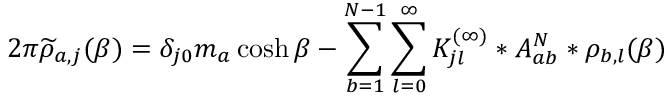
2 \pi \widetilde { \rho } _ { a , j } ( \beta ) = \delta _ { j 0 } m _ { a } \cosh \beta - \sum _ { b = 1 } ^ { N - 1 } \sum _ { l = 0 } ^ { \infty } { K _ { j l } ^ { ( \infty ) } } * A _ { a b } ^ { N } * \rho _ { b , l } ( \beta )